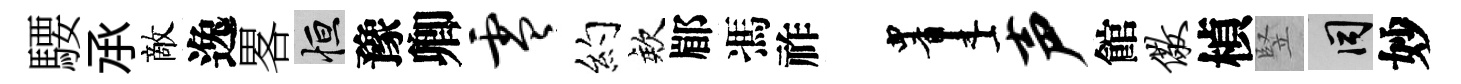
騕𠄘敵逸畧恒豫卿零约欸郿馮祚画声館儆楨竪间妙